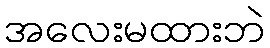
အလေးမထားဘဲ